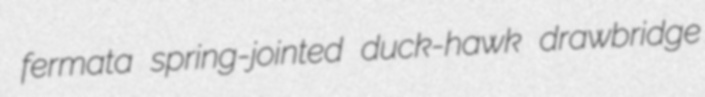
fermata spring-jointed duck-hawk drawbridge